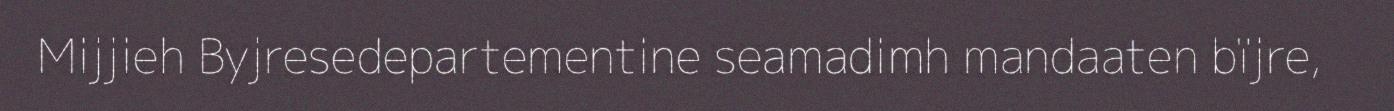
Mijjieh Byjresedepartementine seamadimh mandaaten bïjre,